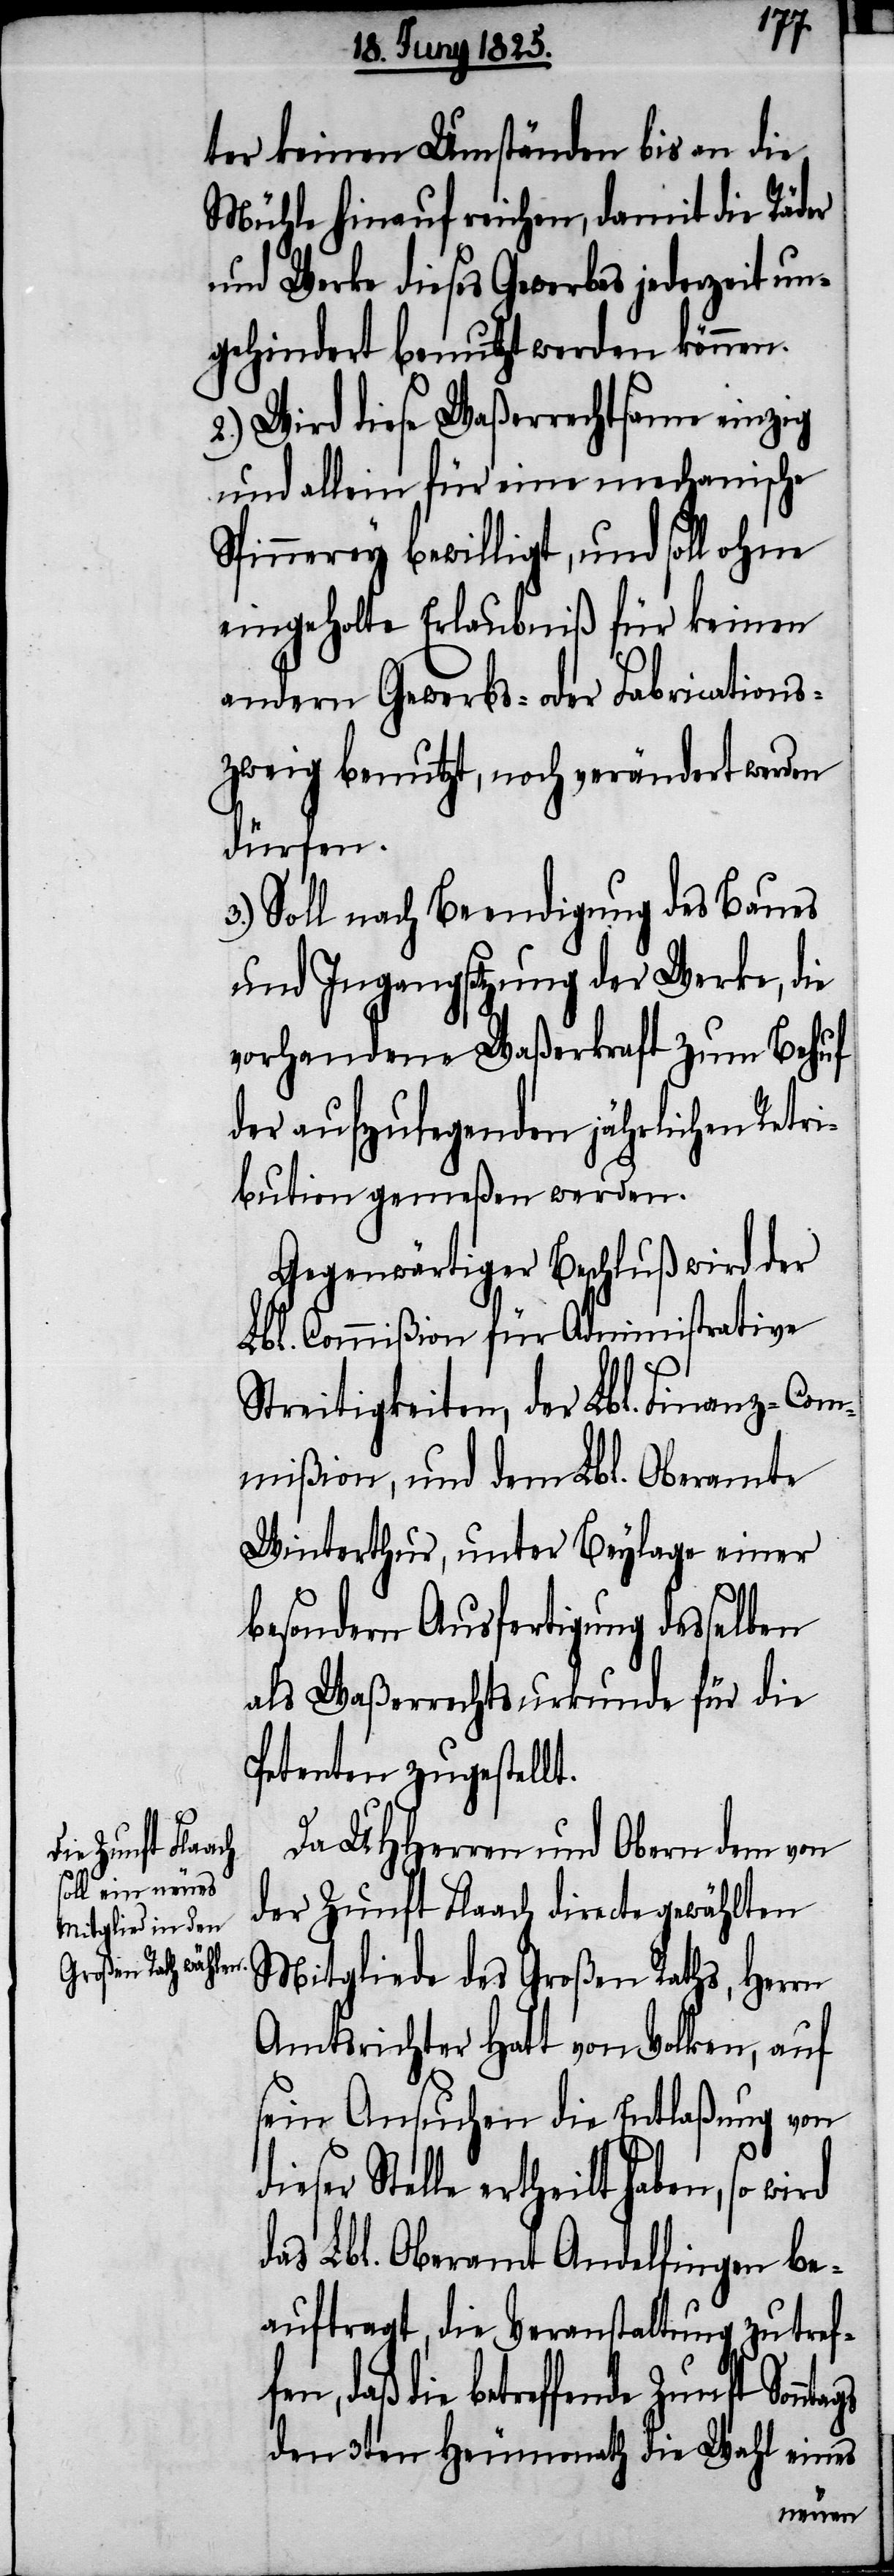
tags
ter keinen Umständen bis an die
Mühle hinauf reichen, damit die Räder
und Werke dieses Gewerbes jederzeit un¬
gehindert benutzt werden können.
2.) Wird diese Waßerrechtsame einzig
und allein für eine mechanische
Spinnerey bewilligt, und soll ohne
eingeholte Erlaubniß für keinen
andern Gewerbs- oder Fabrications¬
zweig benutzt, noch verändert werden
dürfen.
3.) Soll nach Beendigung des Baues
und Ingangsetzung der Werke, die
vorhandene Waßerkraft zum Behuf
der aufzulegenden jährlichen Retri¬
bution gemeßen werden.
Gegenwärtiger Beschluß wird der
Lbl. Commißion für Administrative
Streitigkeiten, der Lbl. Finanz-Com¬
mißion, und dem Lbl. Oberamte
Winterthur, unter Beylage einer
besondern Ausfertigung desselben
als Waßerrechtsurkunde für die
Petenten zugestellt.
Da UHHerren und Obern dem von
der Zunft Flaach directe gewählten
Mitgliede des Großen Raths, Herrn
Amtsrichter Hatt von Volken, auf
sein Ansuchen die Entlaßung von d¬
ieser Stelle ertheilt haben, so
das Lbl. Oberamt Andelfingen be¬
auftragt, die Veranstaltung zu tref¬
daß die betreffende Zunft Sonn¬
den 3ten Heumonath die Wahl eines
fen,